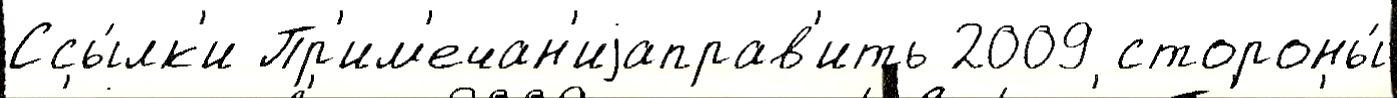
Ссы́лк'и Пр'им'ечан'иjаправ'ить 2009 стороны́